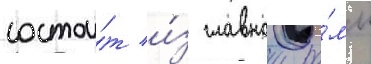
состои́т и́з главнои ра́мы